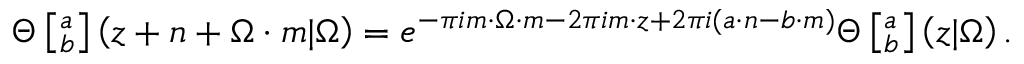
\Theta \left[ ^ a _ { b } \right] \left( z + n + \Omega \cdot m | \Omega \right) = e ^ { - \pi i m \cdot \Omega \cdot m - 2 \pi i m \cdot z + 2 \pi i ( a \cdot n - b \cdot m ) } \Theta \left[ ^ a _ { b } \right] \left( z | \Omega \right) .